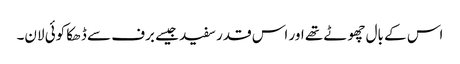
اس کے بال چھوٹے تھے اور اس قدر سفید جیسے برف سے ڈھکا کوئی لان۔